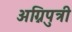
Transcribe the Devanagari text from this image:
अग्निपुत्री